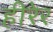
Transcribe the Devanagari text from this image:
हीरेर